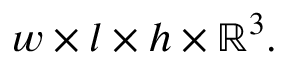
w \times l \times h \times \mathbb { R } ^ { 3 } .